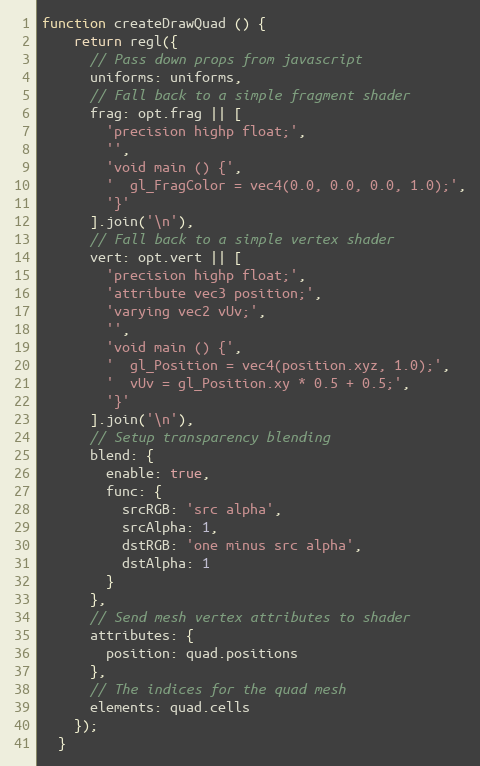
Language: JavaScript
function createDrawQuad () {
    return regl({
      // Pass down props from javascript
      uniforms: uniforms,
      // Fall back to a simple fragment shader
      frag: opt.frag || [
        'precision highp float;',
        '',
        'void main () {',
        '  gl_FragColor = vec4(0.0, 0.0, 0.0, 1.0);',
        '}'
      ].join('\n'),
      // Fall back to a simple vertex shader
      vert: opt.vert || [
        'precision highp float;',
        'attribute vec3 position;',
        'varying vec2 vUv;',
        '',
        'void main () {',
        '  gl_Position = vec4(position.xyz, 1.0);',
        '  vUv = gl_Position.xy * 0.5 + 0.5;',
        '}'
      ].join('\n'),
      // Setup transparency blending
      blend: {
        enable: true,
        func: {
          srcRGB: 'src alpha',
          srcAlpha: 1,
          dstRGB: 'one minus src alpha',
          dstAlpha: 1
        }
      },
      // Send mesh vertex attributes to shader
      attributes: {
        position: quad.positions
      },
      // The indices for the quad mesh
      elements: quad.cells
    });
  }